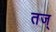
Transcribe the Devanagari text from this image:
तज्